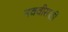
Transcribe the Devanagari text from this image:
नववीसाठी